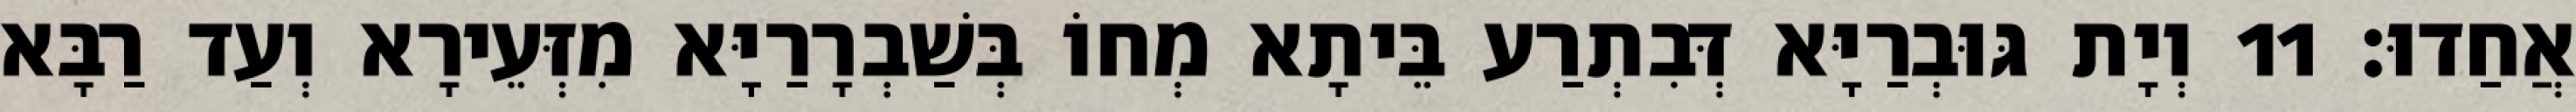
אֲחַדוּ׃ 11 וְיָת גּוּבְרַיָּא דְּבִתְרַע בֵּיתָא מְחוֹ בְּשַׁבְרָרַיָּא מִזְּעֵירָא וְעַד רַבָּא